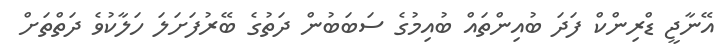
އޭނާޖީ ޑްރިންކް ފަދަ ބުއިންތައް ބުއިމުގެ ސަބަބުން ދަތުގެ ބޭރުފަށަލަ ހަލާކުވެ ދަތްތަށް